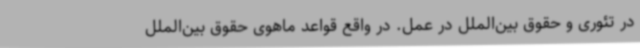
در تئوری و حقوق بین‌الملل در عمل. در واقع قواعد ماهوی حقوق بین‌الملل